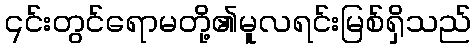
၎င်းတွင်ရောမတို့၏မူလရင်းမြစ်ရှိသည်